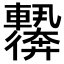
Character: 𬨀